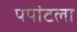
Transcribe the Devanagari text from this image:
पपांटला